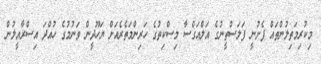
މިކުރިމަތިލުންތައް ފެށުނީ ފަލަސްތީނުގެ އަލްއަގްސާ މިސްކިތުގެ ހަރިންމަތެރެއަށް ޔަހޫދީން ވަނުމުގެ ހުއްދަ އިސްރާއީލުން